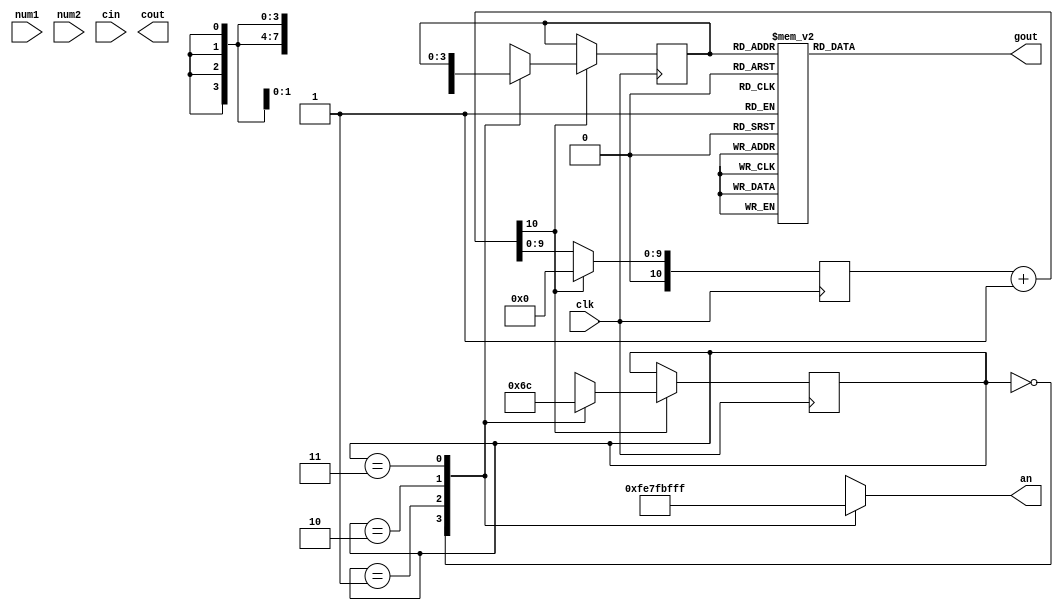
module seven_seg_LED(
input [3:0] num1,num2,
input cin,clk,
output reg [7:0] an,
output [6:0] gout,
output cout
    );
reg a1,a2,a3,a4,b1,b2,b3,b4;
reg [6:0] gout;
reg [1:0] pos;
wire [3:0] sum;
reg [3:0] gin;
reg [10:0] segclk;

// adderview ad(.a1(num1[0]),.a2(num1[1]),.a3(num1[2]),.a4(num1[3]),
// 			.b1(num2[0]),.b2(num2[1]),.b3(num2[2]),.b4(num2[3]),
// 			.cin(cin),.s1(sum[0]),.s2(sum[1]),.s3(sum[2]),.s4(sum[3]),.cout(cout));

always @(*) 
begin 
	case (pos)
		2'b00: an =8'b1111_1110; 
		2'b01: an =8'b0111_1111;
		2'b10: an =8'b1011_1111;
		2'b11: an =8'b1111_1111;
		default;
	endcase
end

always @(posedge clk) 
begin
	segclk=segclk+1; 
	if(segclk[10]==1) 
	begin
		segclk=0;
		case (pos)
			2'b00:
				begin
					pos=2'b01;
					gin=num1;
				end
			2'b01:
				begin
					pos=2'b10;
					gin=num2;
				end
			2'b10:
				begin
					pos=2'b11;
					gin=sum;
				end
			2'b11:
				begin
					pos=2'b00;
				end
			default ;
		endcase
	end
end

always @(*) 
begin 
	case (gin)
		4'h0:gout=7'b000_0001;
		4'h1:gout=7'b100_1111;
		4'h2:gout=7'b001_0010;
		4'h3:gout=7'b000_0110;
		4'h4:gout=7'b100_1100;
		4'h5:gout=7'b010_0100;
		4'h6:gout=7'b010_0000;
		4'h7:gout=7'b000_1111;
		4'h8:gout=7'b000_0000;
		4'h9:gout=7'b000_1100;
		4'ha:gout=7'b000_1000;
		4'hb:gout=7'b110_0000;
		4'hc:gout=7'b111_0010;
		4'hd:gout=7'b100_0010;
		4'he:gout=7'b011_0000;
		4'hf:gout=7'b011_1000;
		default :gout=7'b111_1111;
	endcase
end
endmodule